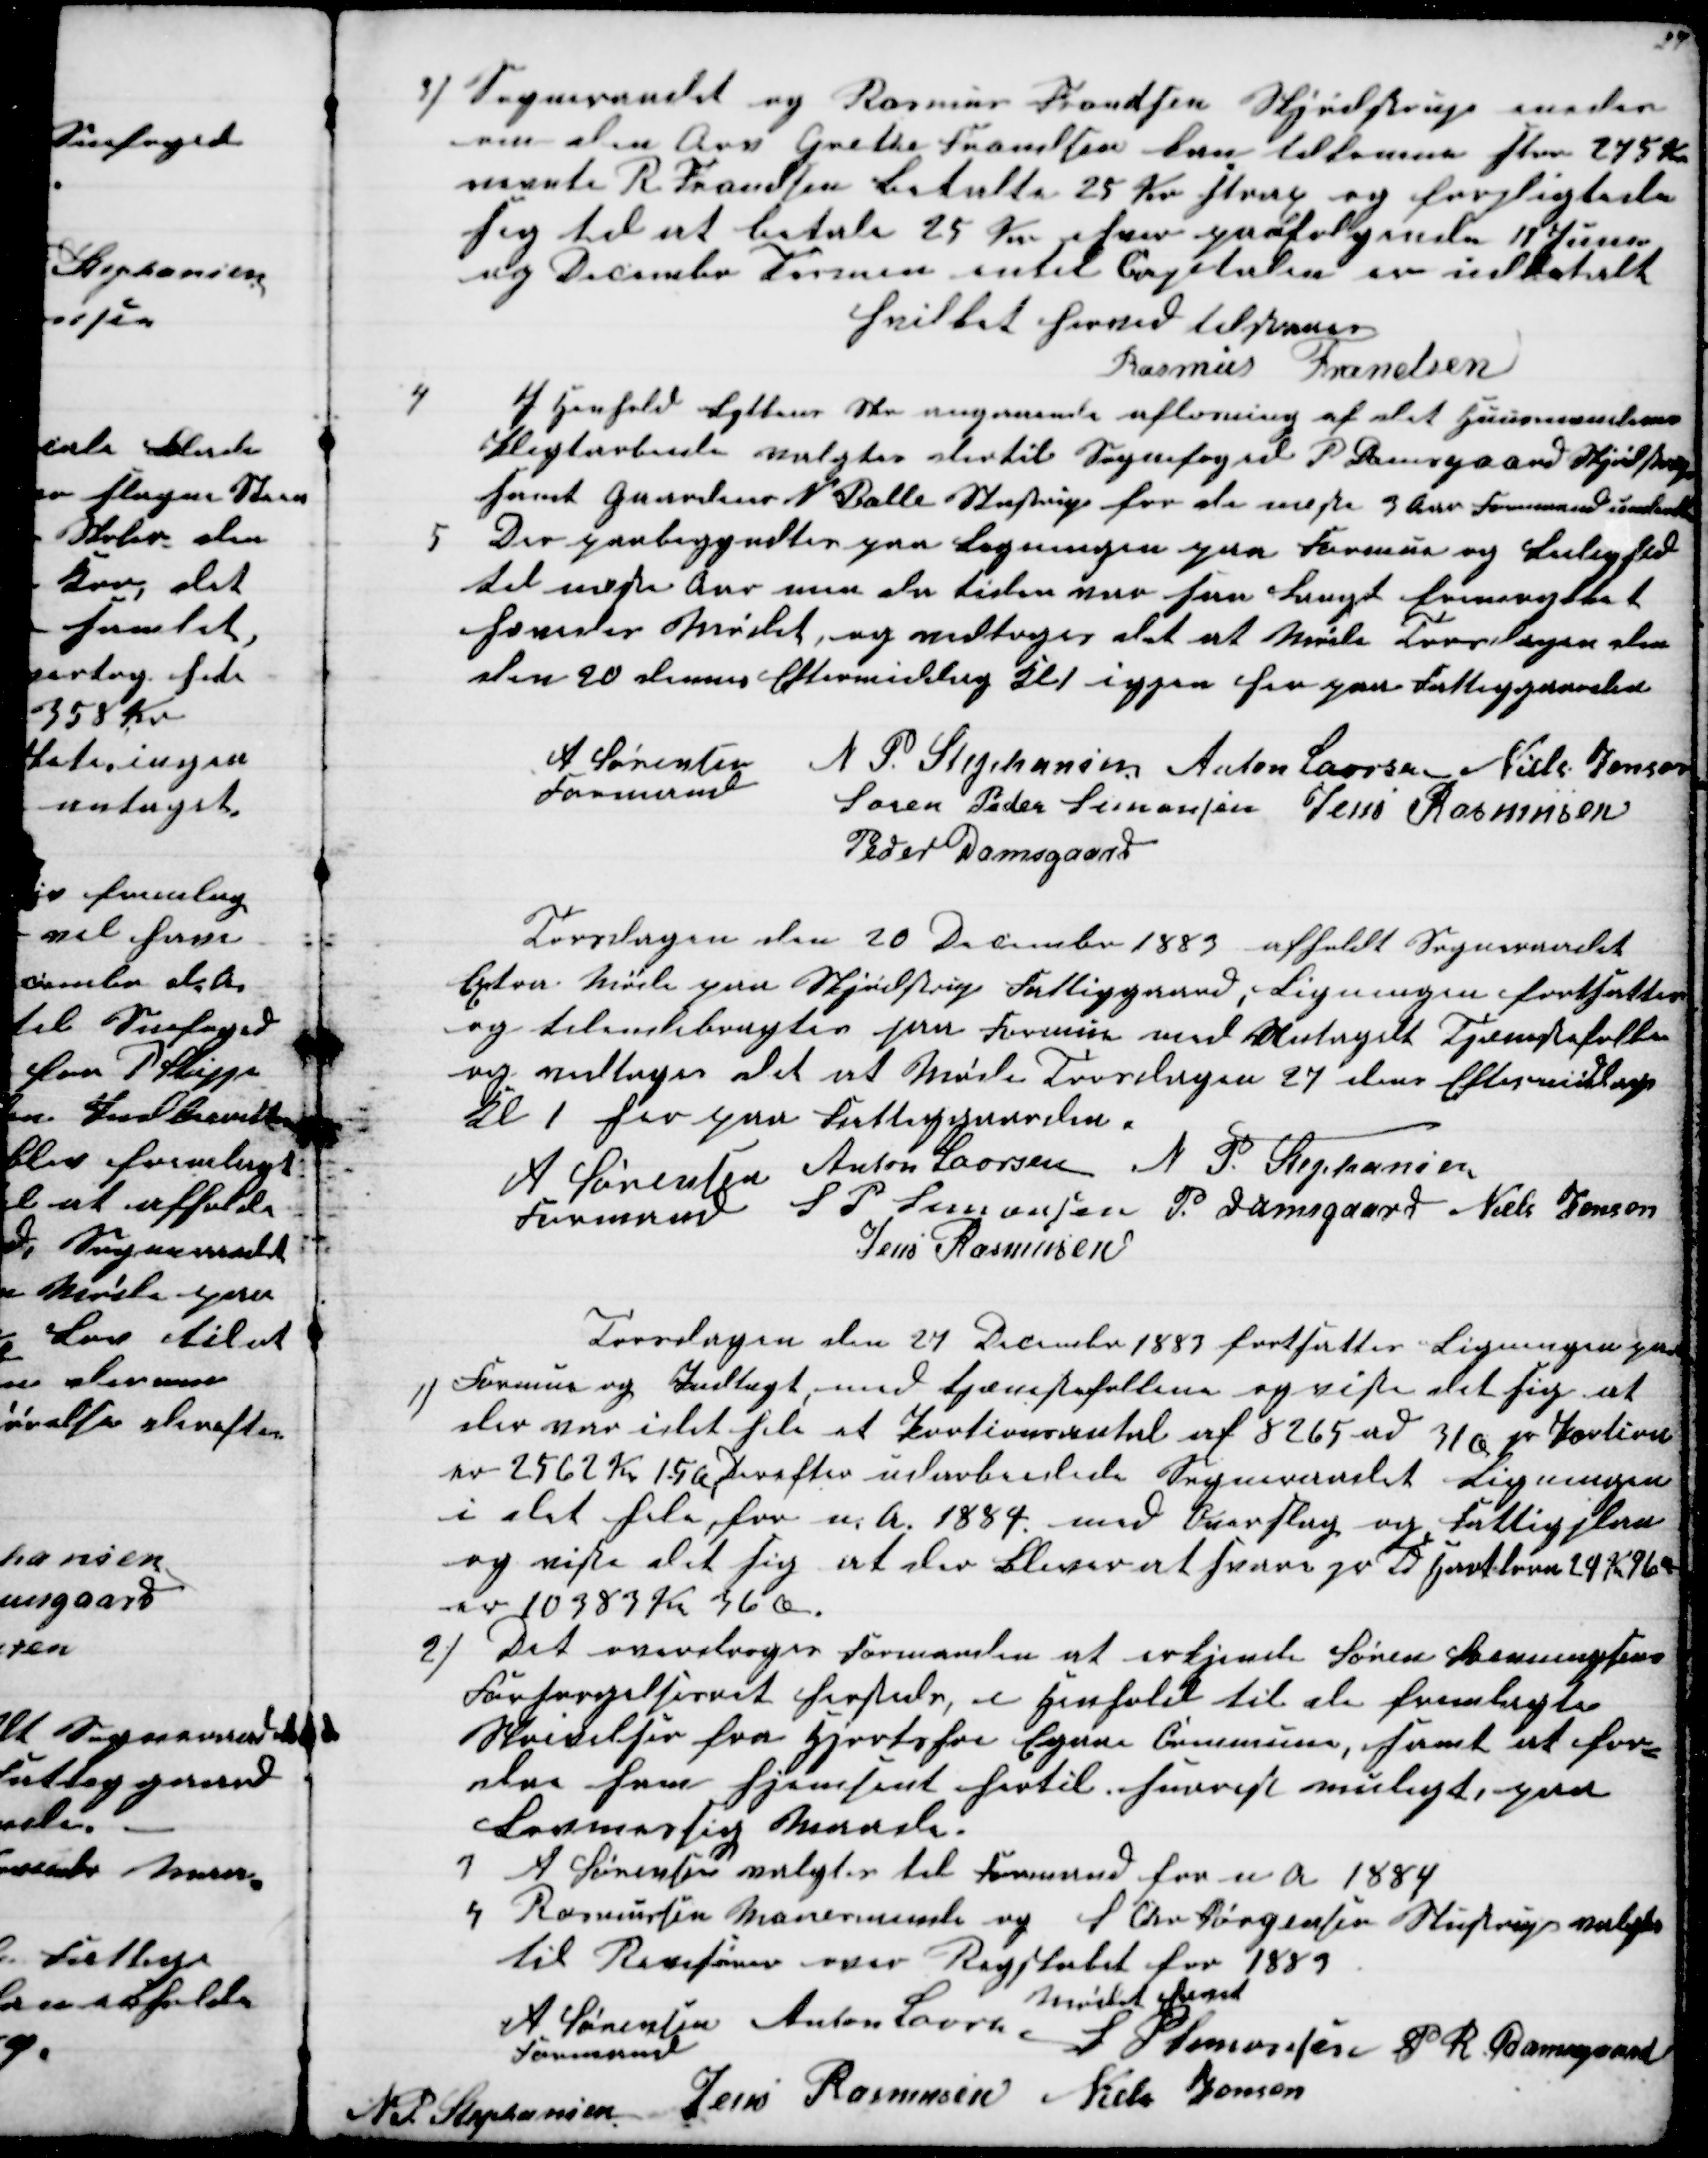
Transskription:
3) Sogneraadet og Rasmus Frandsen Skjødstrup møder
om den Arv Grethe Frandsen kan tilkomme stor 275 Kr
nævnte R. Frandsen betalte 25 Kr strax og forpligtede
sig til at betale 25 Kr hver paafølgende 11 Juni
og December Termin intil Capitalen er indbetalt
hvilket hermed tilstaaes
Rasmus Frandsen
4
I Henhold Lytkens Skr angaaende afløsning af det Huusmændenes
Pligtarbeide valgtes dertil Sognefoged P Damsgaard Skjødstrup
samt Gaardeierr N Balle Stustrup for de næste 3 Aar Formand underetter
5
Der paabegyndtes paa Ligningen paa Formue og Leilighed
til næste Aar men da tiden var saa Langt fremrykket
hævedes Mødet, og vedtoges det at Møde Torsdagen den
den 20 dennes Eftermiddag Kl 1 igjen her paa Fattiggaarden
A Sørensen
Formand
N. P. Stephansen Anton Laursen Niels Jensen
Søren Peder Simonsen Jens Rasmusen
Peder Damsgaard
Torsdagen den 20 December 1883 afholdt Sogneraadet
Extra Møde paa Skjødstrup Fattiggaard, Ligningen fastsattes
og tilendebragtes paa Formue med Untagelse Tjenestefolk
og vedtoges det at Møde Torsdagen 27 dennes Eftermiddag
Kl 1 her paa Fattiggaarden.
A Sørensen
Formand 
Anton Laursen N P. Stephansen
S P Simonsen P. Damsgaard Niels Jensen
Jens Rasmusen
Torsagen den 27 December 1883 fastsattes Ligningen paa
1) Formue og Indtægt, med tjenestefolkene og viste det sig at
der var idet hele et Portionsantal af 8265 ad 31 Ø pr Portion
er 2562 Kr 15 Ø, Derefter udarbeidede Sogneraadet Ligningen
i det hele for n. A. 1884. med Overslag og Fattigplan
og viste det sig at der bliver at svare pr Td Hartkorn 24 Kr. 96 Ø
er 10383 Kr 36 Ø.
2) Det overdroges Formanden at erkjende Søren Svenningsens
Forsørgelsesret hersteds, i Henfold til de fremlagte
Skrivelser fra Hjortshoi Egaa Commune, samt at for-
slaa ham Hjemsent hertil snarest muligt, paa
Lovmæssig Maade.
3 A. Sørensen valgtes til Formand for n A 1884
4 Rasmussen Vorremark og S. Chr Jørgensen Stustrup valgtes
til Revisorer over Regskabet for 1883
Mødet hævet
A Sørensen 
Formand
Anton Laursen S. P. Simonsen
P R. Damsgaard
N.P. Stephansen Jens Rasmusen Niels Jensen